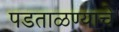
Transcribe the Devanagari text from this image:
पडताळण्याचे